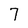
Character: 7